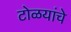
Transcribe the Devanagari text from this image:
टोळयांचे